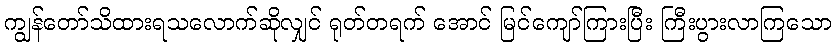
ကျွန်တော်သိထားရသလောက်ဆိုလျှင် ရုတ်တရက် အောင် မြင်ကျော်ကြားပြီး ကြီးပွားလာကြသော